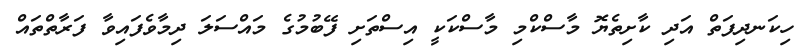
ހިކަނދިފަތް އަދި ކާށިތެޔޮ މާސްކްމި މާސްކަކީ އިސްތަށި ފޭބުމުގެ މައްސަލަ ދިމާވެފައިވާ ފަރާތްތައް